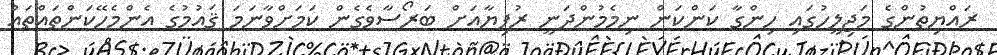
ރައްޔިތުންގެ މަޖިލީހުގައި ހިންގާ ކަންކަން ނިމެމުންދަނީ ރުފިޔާއަށް ބަރޯސާވެގެން ކަމަށްވާނަމަ ޤައުމުގެ އެންމެހޭކަންތައްތައް